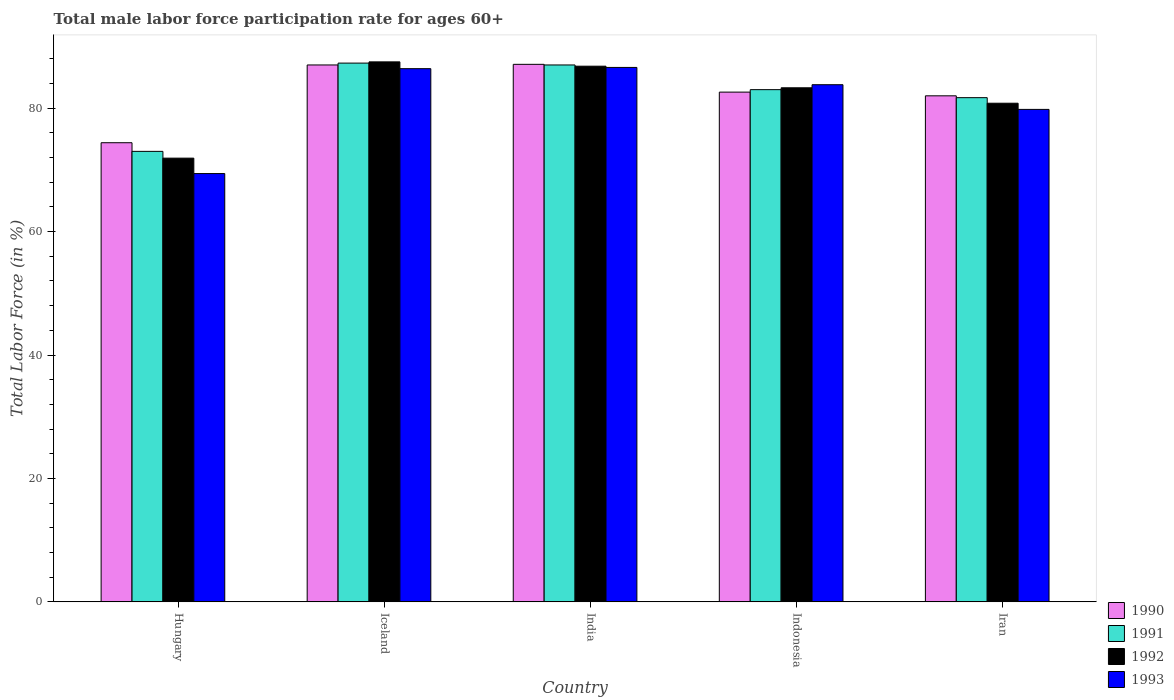
| Country | 1990 | 1991 | 1992 | 1993 |
 | --- | --- | --- | --- | --- |
 | Hungary | 74.4 | 73 | 71.9 | 69.4 |
 | Iceland | 87 | 87.3 | 87.5 | 86.4 |
 | India | 87.1 | 87 | 86.8 | 86.6 |
 | Indonesia | 82.6 | 83 | 83.3 | 83.8 |
 | Iran | 82 | 81.7 | 80.8 | 79.8 |